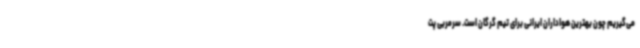
می‌گیریم چون بهترین هواداران ایرانی برای تیم گرگان است. سرمربی پت